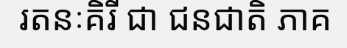
រតនៈគិរី ជា ជនជាតិ ភាគ